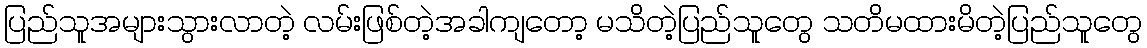
ပြည်သူအများသွားလာတဲ့ လမ်းဖြစ်တဲ့အခါကျတော့ မသိတဲ့ပြည်သူတွေ သတိမထားမိတဲ့ပြည်သူတွေ